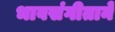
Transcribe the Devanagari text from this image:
भावसंगीताने